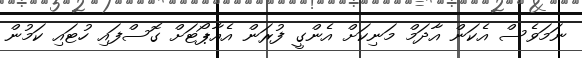
ނަމަވެސް އެކަން އާދަމް މަނިކަށް އެންގީ ފުރަން އެއާޕޯޓަށް ގޮސްފައި ހުޓައި ކަމުން